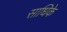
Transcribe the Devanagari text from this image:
साधिके